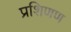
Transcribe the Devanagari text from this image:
प्रशिणण